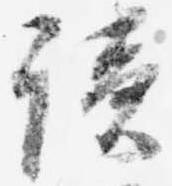
読